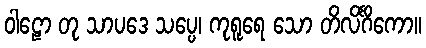
ဝါဠော တု သာပဒေ သပ္ပေ၊ ကုရူရေ သော တိလိင်္ဂိကော။